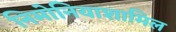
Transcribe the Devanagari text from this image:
निमोनियाशामिल